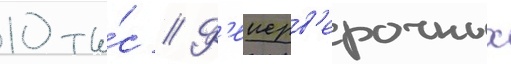
10 ты́с // Ф'еиерв'ерочных